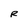
Character: R